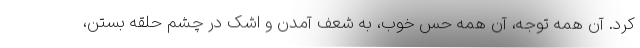
کرد. آن همه توجه، آن همه حس خوب، به شعف آمدن و اشک در چشم حلقه بستن،